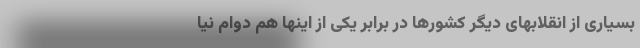
بسیاری از انقلابهای دیگر کشورها در برابر یکی از اینها هم دوام نیا